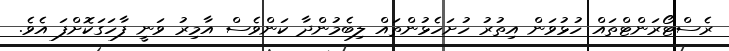
ރެސްޓޯރަންޓްތައް ހުޅުވަން އިތުރު ހުށަހެޅުންތައް ލިބެމުންދާ ކަންވެސް އާމިރު ވަނީ ފާހަގަކޮށްފަ އެވެ.